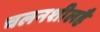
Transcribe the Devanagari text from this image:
चलनशीलहै